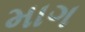
માગ